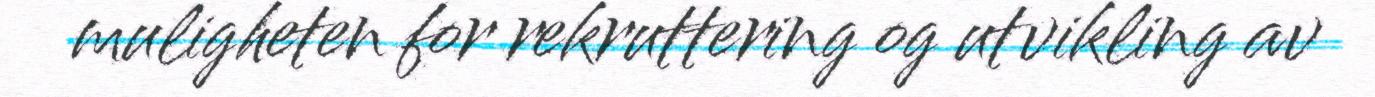
muligheten for rekruttering og utvikling av